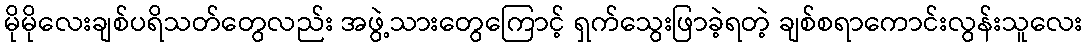
မိုမိုလေးချစ်ပရိသတ်တွေလည်း အဖွဲ့သားတွေကြောင့် ရှက်သွေးဖြာခဲ့ရတဲ့ ချစ်စရာကောင်းလွန်းသူလေး